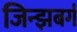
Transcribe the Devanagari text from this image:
जिन्झबर्ग